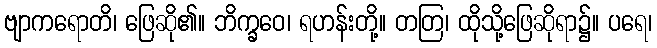
ဗျာကရောတိ၊ ဖြေဆို၏။ ဘိက္ခဝေ၊ ရဟန်းတို့။ တတြ၊ ထိုသို့ဖြေဆိုရာ၌။ ပရေ၊